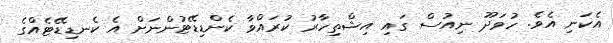
އެކަނި އެވެ. ހުވަދޫ ނިއުސް ގައި އިޝްތިހާރު ކުރައްވާ ކެންޑިޑޭޓުންނަށް އެ ކެނޑިޑޭޓެއްގެ